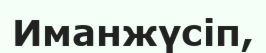
Иманжүсіп,